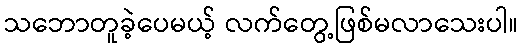
သဘောတူခဲ့ပေမယ့် လက်တွေ့ဖြစ်မလာသေးပါ။